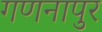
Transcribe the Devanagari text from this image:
गणनापुर